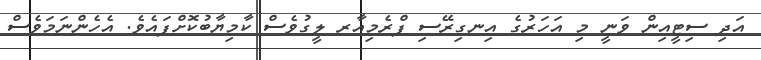
އަދި ސިޓީއިން ވަނީ މި އަހަރުގެ އިނގިރޭސި ޕްރެމިއާރ ލީގުވެސް ކާމިޔާބުކޮށްފައެވެ. އެހެންނަމަވެސް